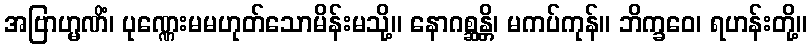
အဗြာဟ္မဏိံ၊ ပုဏ္ဏေးမမဟုတ်သောမိန်းမသို့။ နောဂစ္ဆန္တိ၊ မကပ်ကုန်။ ဘိက္ခဝေ၊ ရဟန်းတို့။